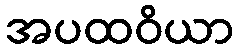
အပထဝိယာ